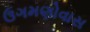
ઉગમણોવાસ